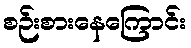
စဉ်းစားနေကြောင်း